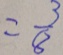
= \frac { 3 } { 8 }